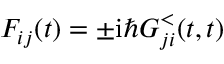
F _ { i j } ( t ) = \pm \mathrm { i } \hbar G _ { j i } ^ { < } ( t , t )